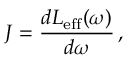
J = \frac { d L _ { \mathrm { e f f } } ( \omega ) } { d \omega } \, ,